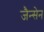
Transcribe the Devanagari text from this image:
जैन्सेन